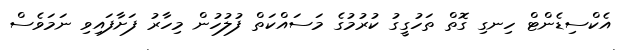
އެކްސިޑެންޓް ހިނގި ގޮތް ތަހުގީގު ކުރުމުގެ މަސައްކަތް ފުލުހުން މިހާރު ފަށާފައިވި ނަމަވެސް